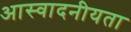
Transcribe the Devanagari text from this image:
आस्वादनीयता